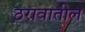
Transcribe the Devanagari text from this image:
ठरावातील